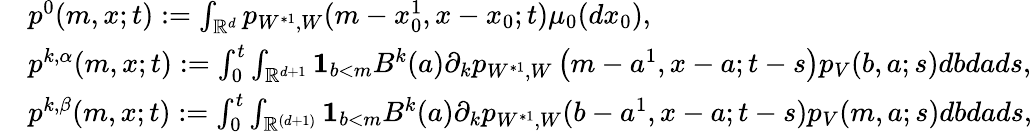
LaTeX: \begin{array}{rl}&{p^{0}(m,x;t):={\int_{{\mathbb R}^{d}}p_{W^{*1},W}(m-x_{0}^{1},x-x_{0};t)\mu_{0}(dx_{0})},}\\ &{{p^{k,\alpha}}(m,x;t):=\int_{0}^{t}{\int_{\mathbb{R}^{d+1}}{\mathbf 1}_{b<m}B^{k}(a)\partial_{k}p_{W^{*1},W}\left(m-a^{1},x-a;t-s\right)p_{V}(b,a;s)dbda}ds,}\\ &{{p^{k,\beta}}(m,x;t):=\int_{0}^{t}\int_{{\mathbb R}^{(d+1)}}{\mathbf 1}_{b<m}B^{k}(a)\partial_{k}p_{W^{*1},W}(b-a^{1},x-a;t-s)p_{V}(m,a;s)dbdads,}\end{array}